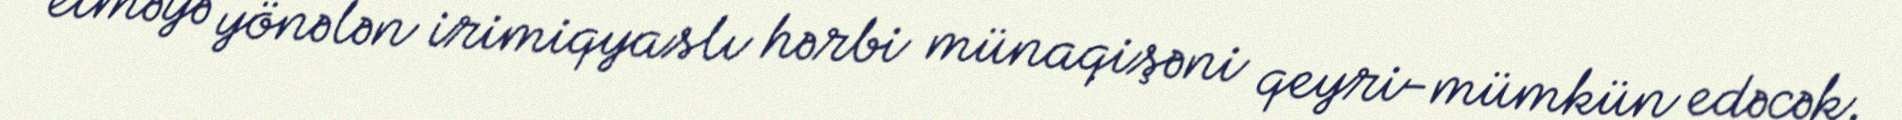
etməyə yönələn irimiqyaslı hərbi münaqişəni qeyri-mümkün edəcək.